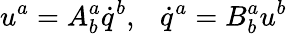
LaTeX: u^{a}=A_{b}^{a}\dot{q}^{b},\ \ \ \dot{q}^{a}=B_{b}^{a}u^{b}